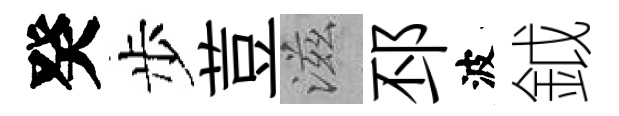
癸步荳滋邳波鉞